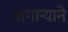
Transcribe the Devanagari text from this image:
अंगाऱ्याने